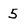
Character: 5